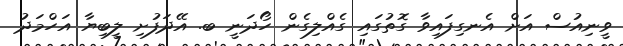
ވީނިއުސް އަށް އެނގިފައިވާ ގޮތުގައި ގެއްލިގެން ހޯދަނީ ބ. އޭދަފުށި ލީބިޔާ އަހްމަދު